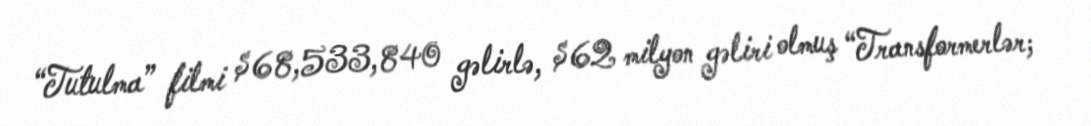
“Tutulma” filmi $68,533,840 gəlirlə, $62 milyon gəliri olmuş “Transformerlər;